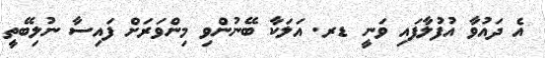
އެ ދައުވާ އުފުލާފައި ވަނީ ޑރ. އަލަކާ ބޭނުންވި މިންވަރަށް ފައިސާ ނުލިބޭތީ